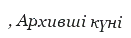
, Aрхивші күні